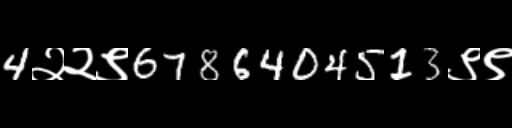
Text: 4२२९6786404513९९